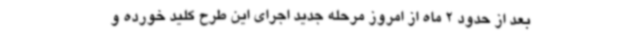
بعد از حدود 2 ماه از امروز مرحله جدید اجرای این طرح کلید خورده و